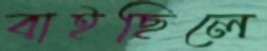
বাইছিলে